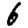
Digit: 6